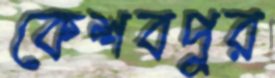
কেশবপুর